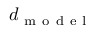
d _ { \mathrm { ~ m ~ o ~ d ~ e ~ l ~ } }